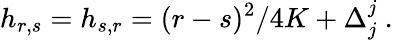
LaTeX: h_{r,s}=h_{s,r}=(r-s)^{2}/4K+\Delta_{j}^{j}{}~.